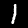
Digit: 1